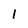
Character: I